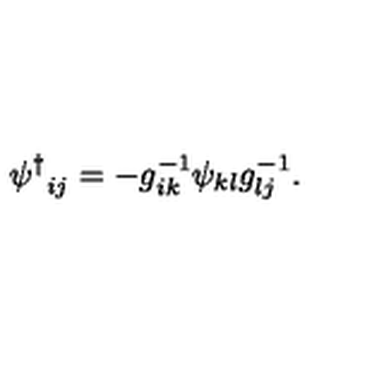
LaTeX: { \psi ^ { \dagger } } _ { i j } = - g _ { i k } ^ { - 1 } \psi _ { k l } g _ { l j } ^ { - 1 } .